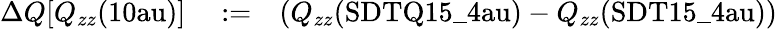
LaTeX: \begin{array}{rlr}{\Delta Q[Q_{zz}(\mathrm{{10au}})]}&{{}:=}&{\left(Q_{zz}(\mathrm{{SDTQ15\_ 4au}})-Q_{zz}(\mathrm{{SDT15\_ 4au}})\right)}\end{array}